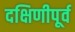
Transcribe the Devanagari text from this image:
दक्षिणीपूर्व